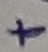
Text: +